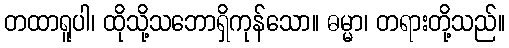
တထာရူပါ၊ ထိုသို့သဘောရှိကုန်သော။ ဓမ္မာ၊ တရားတို့သည်။